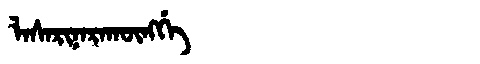
Manchu: ᠯᠠᠰᠠᡵᡳᠨᠠᡵᠠᡴᡡᠩᡤᡝ
Romanization: LASARINARAKŪNGGE